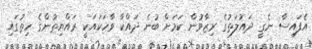
އެފައިސާ ނެގީ ދައުލަތުގެ ރިޒާވުން ކަމަށް ބުނެ ދައްކާ ވާހަކައަކީ ރައްޔިތުންގެ ހިތުގައި